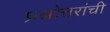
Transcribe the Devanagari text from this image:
प्रश्नोत्तरांची